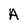
Character: A